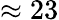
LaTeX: \approx 23